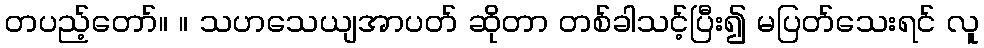
တပည့်တော်။ ။ သဟသေယျအာပတ် ဆိုတာ တစ်ခါသင့်ပြီး၍ မပြတ်သေးရင် လူ